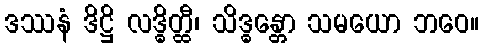
ဒဿနံ ဒိဋ္ဌိ လဒ္ဓိတ္ထီ၊ သိဒ္ဓန္တော သမယော ဘဝေ။